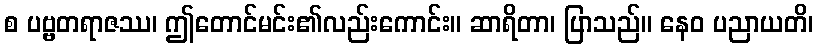
စ ပဗ္ဗတရာဇဿ၊ ဤတောင်မင်း၏လည်းကောင်း။ ဆာရိတာ၊ ပြာသည်။ နေဝ ပညာယတိ၊